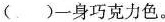
()一身巧克力色。